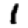
Digit: 1